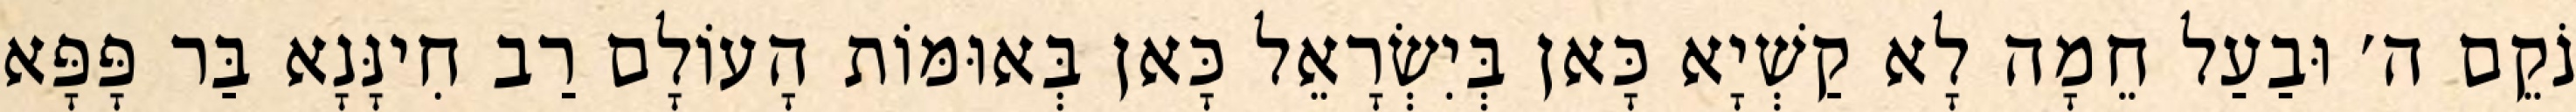
נֹקֵם ה׳ וּבַעַל חֵמָה לָא קַשְׁיָא כָּאן בְּיִשְׂרָאֵל כָּאן בְּאוּמּוֹת הָעוֹלָם רַב חִינָּנָא בַּר פָּפָּא